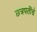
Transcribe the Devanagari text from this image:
छ्त्रपतींचे